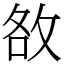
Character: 敋